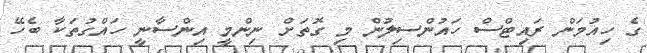
ގެ ހިއުމަން ރައިޓްސް ހައުންސިލުން މި ގޮތަށް ނިންމީ އިންސާނީ ހައްގުތަކާ ބެހޭ